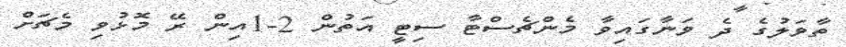
ތާވަލުގެ ދެ ވަނާގައިވާ މެންޗެސްޓާ ސިޓީ އަތުން 2-1އިން ރޭ މޮޅުވި މެޗަށް